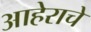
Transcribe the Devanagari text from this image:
आहेराचे